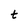
Character: t